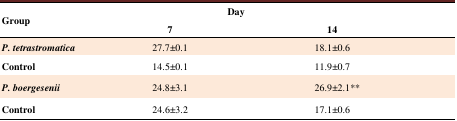
<table><thead><tr><td rowspan="2"><b>Group</b></td><td colspan="2"><b> Day</b></td></tr><tr><td><b> 7</b></td><td><b> 14</b></td></tr></thead><tbody><tr><td><b><i>P. tetrastromatica</i></b></td><td>27.7±0.1</td><td>18.1±0.6</td></tr><tr><td><b>Control</b></td><td>14.5±0.1</td><td>11.9±0.7</td></tr><tr><td><b><i>P. boergesenii</i></b></td><td>24.8±3.1</td><td>26.9±2.1**</td></tr><tr><td><b>Control</b></td><td>24.6±3.2</td><td>17.1±0.6</td></tr></tbody></table>